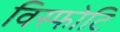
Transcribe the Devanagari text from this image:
विस्फोटि